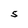
Character: S